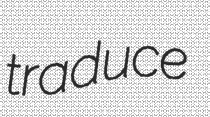
traduce